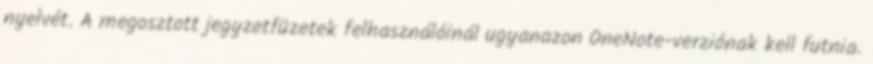
nyelvét. A megosztott jegyzetfüzetek felhasználóinál ugyanazon OneNote-verziónak kell futnia.